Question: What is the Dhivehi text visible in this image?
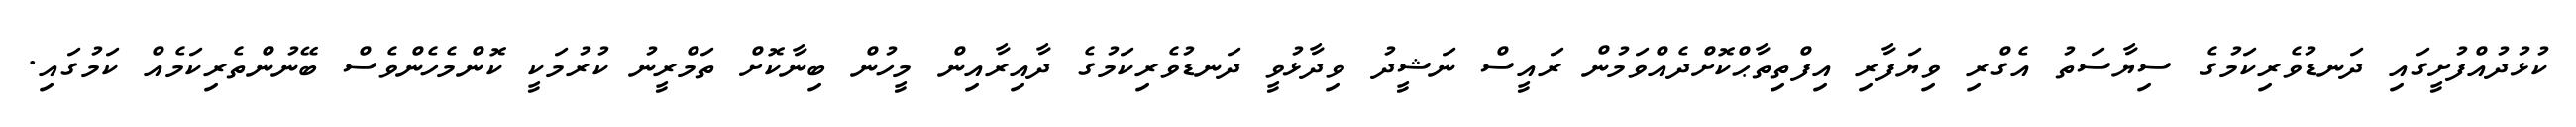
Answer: ކުޅުދުއްފުށީގައި ދަނޑުވެރިކަމުގެ ސިޔާސަތު އެގްރި ވިޔަފާރި އިފްތިތާޙްކޮށްދެއްވަމުން ރައީސް ނަޝީދު ވިދާޅުވީ ދަނޑުވެރިކަމުގެ ދާއިރާއިން މީހުން ބިނާކޮށް ތަމްރީނު ކުރުމަކީ ކޮންމެހެންވެސް ބޭނުންތެރިކަމެއް ކަމުގައި.